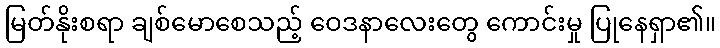
မြတ်နိုးစရာ ချစ်မောစေသည့် ဝေဒနာလေးတွေ ကောင်းမှု ပြုနေရှာ၏။